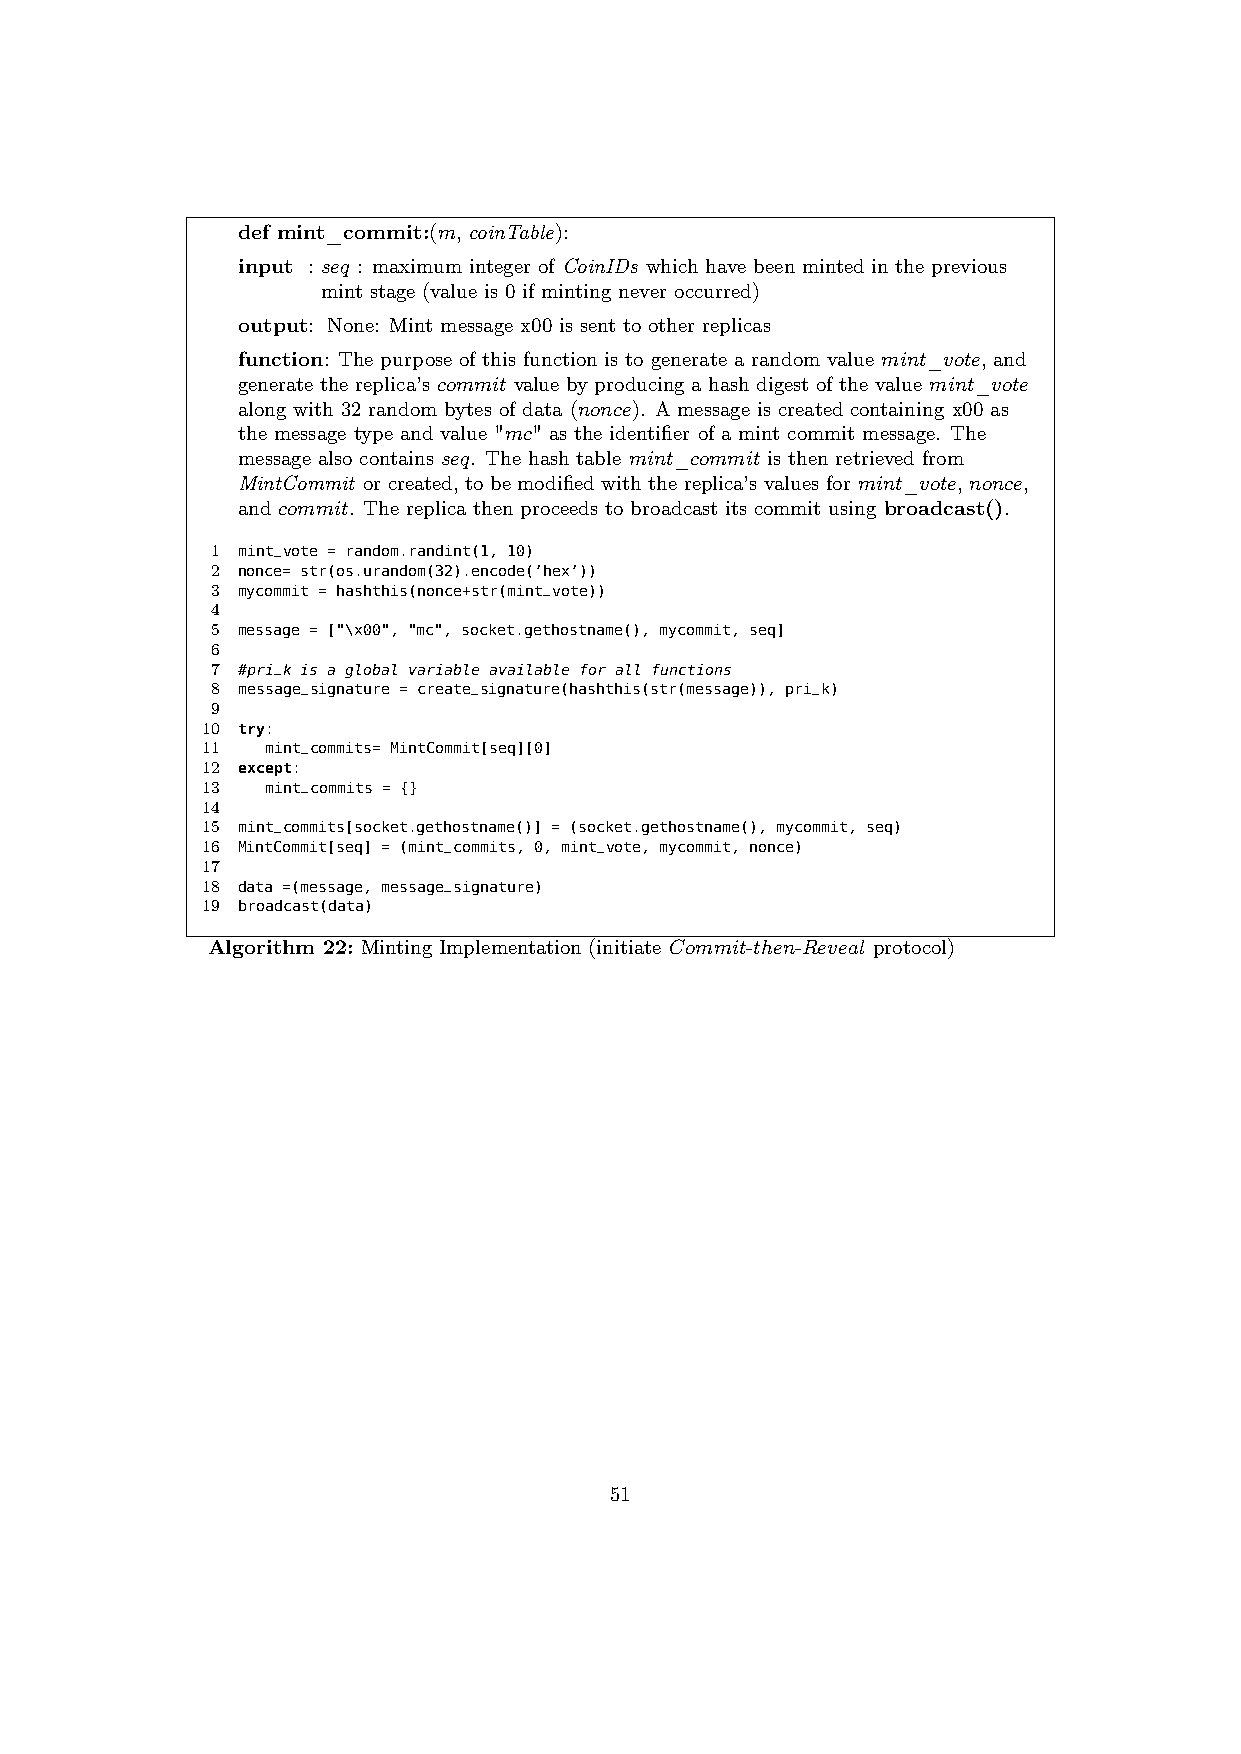
def mint_commit:(m, coinTable):
 input : seq : maximum integer of CoinIDs which have been minted in the previous
 mint stage (value is 0 if minting never occurred)
 output: None: Mint message x00 is sent to other replicas
 function: The purpose of this function is to generate a random value mint_vote, and
 generate the replica’s commit value by producing a hash digest of the value mint_vote
 along with 32 random bytes of data (nonce). A message is created containing x00 as
 the message type and value "mc" as the identifier of a mint commit message. The
 message also contains seq. The hash table mint_commit is then retrieved from
 MintCommit or created, to be modified with the replica’s values for mint_vote, nonce,
 and commit. The replica then proceeds to broadcast its commit using broadcast().
 1 mint_vote = random.randint(1, 10)
 2 nonce= str(os.urandom(32).encode(’hex’))
 3 mycommit = hashthis(nonce+str(mint_vote))
 4
 5 message = ["\x00", "mc", socket.gethostname(), mycommit, seq]
 6
 7 #pri_k is a global variable available for all functions
 8 message_signature = create_signature(hashthis(str(message)), pri_k)
 9
 10 try:
 11   mint_commits= MintCommit[seq][0]
 12 except:
 13   mint_commits = {}
 14
 15 mint_commits[socket.gethostname()] = (socket.gethostname(), mycommit, seq)
 16 MintCommit[seq] = (mint_commits, 0, mint_vote, mycommit, nonce)
 17
 18 data =(message, message_signature)
 19 broadcast(data)
 Algorithm 22: Minting Implementation (initiate Commit-then-Reveal protocol)
 51